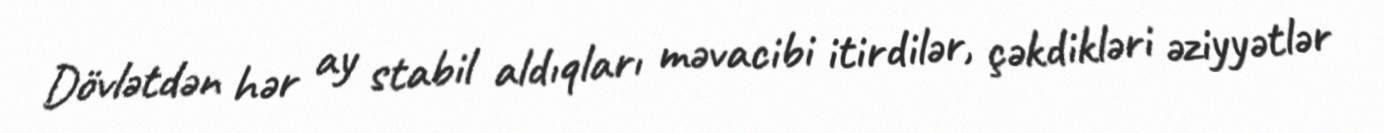
Dövlətdən hər ay stabil aldıqları məvacibi itirdilər, çəkdikləri əziyyətlər